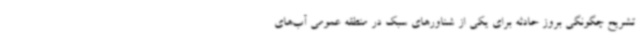
تشریح چگونگی بروز حادثه برای یکی از شناورهای سبک در منطقه عمومی آب‌های